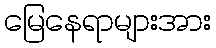
မြေနေရာများအား